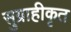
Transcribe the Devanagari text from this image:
सुग्राहीकृत